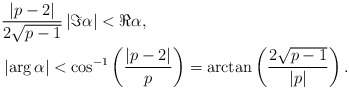
\begin{align*} &\frac{\left|p-2\right|}{2\sqrt{p-1}}\left|\Im\alpha\right|<\Re\alpha, \\ &\left|\arg\alpha\right|<\cos^{-1}\left(\frac{\left|p-2\right|}{p}\right)=\arctan\left(\frac{2\sqrt{p-1}}{\left|p\right|}\right). \end{align*}